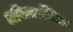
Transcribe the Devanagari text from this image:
अविद्याऽस्मिता